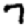
Digit: 7